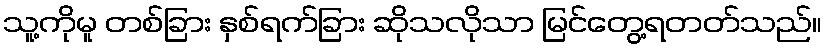
သူ့ကိုမူ တစ်ခြား နှစ်ရက်ခြား ဆိုသလိုသာ မြင်တွေ့ရတတ်သည်။